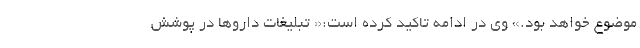
موضوع خواهد بود.» وی در ادامه تاکید کرده است:« تبلیغات داروها در پوشش